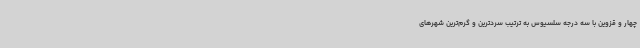
چهار و قزوین با سه درجه سلسیوس به ترتیب سردترین و گرم‌ترین شهرهای